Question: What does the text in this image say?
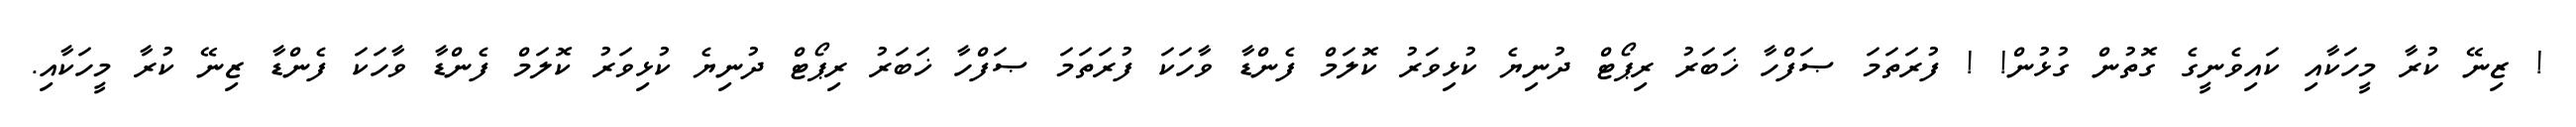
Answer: ! ޒިނޭ ކުރާ މީހަކާއި ކައިވެނީގެ ގޮތުން ގުޅުން! ! ފުރަތަމަ ޞަފްހާ ޚަބަރު ރިޕޯޓް ދުނިޔެ ކުޅިވަރު ކޮލަމް ފެންޑާ ވާހަކަ ފުރަތަމަ ޞަފްހާ ޚަބަރު ރިޕޯޓް ދުނިޔެ ކުޅިވަރު ކޮލަމް ފެންޑާ ވާހަކަ ފެންޑާ ޒިނޭ ކުރާ މީހަކާއި.